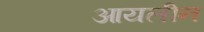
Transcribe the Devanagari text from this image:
आयलीन